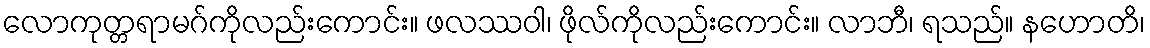
လောကုတ္တရာမဂ်ကိုလည်းကောင်း။ ဖလဿဝါ၊ ဖိုလ်ကိုလည်းကောင်း။ လာဘီ၊ ရသည်။ နဟောတိ၊